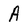
Character: A